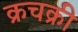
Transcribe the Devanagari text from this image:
क्रचक्री